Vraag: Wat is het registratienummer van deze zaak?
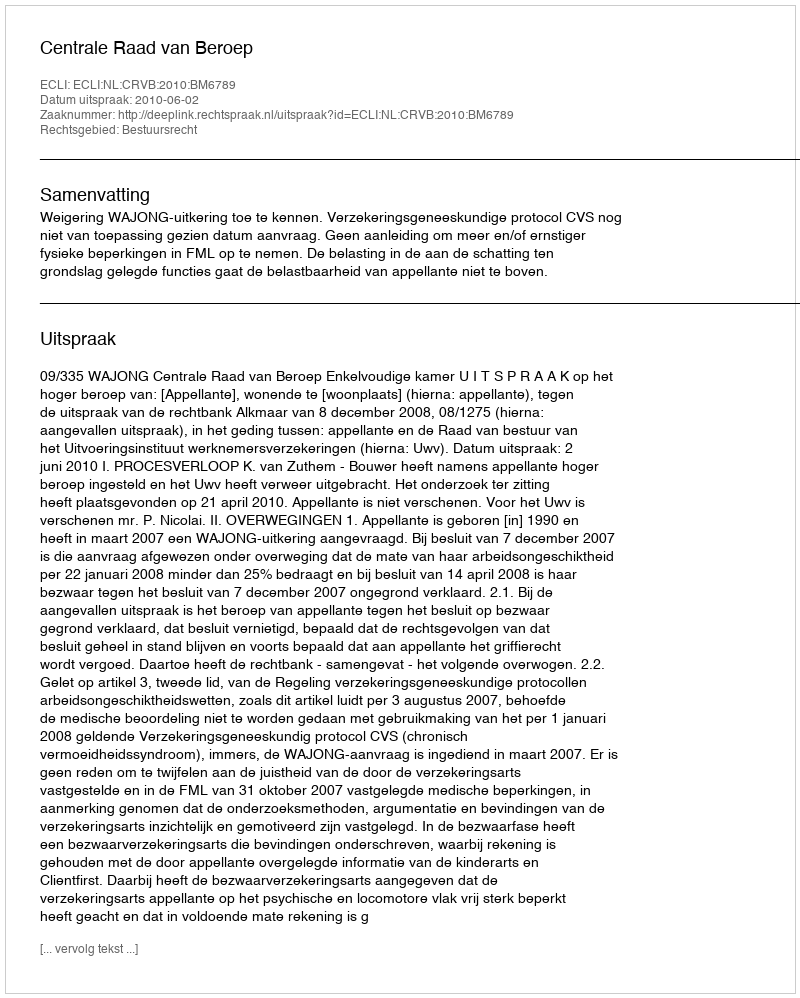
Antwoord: http://deeplink.rechtspraak.nl/uitspraak?id=ECLI:NL:CRVB:2010:BM6789